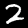
Digit: 2